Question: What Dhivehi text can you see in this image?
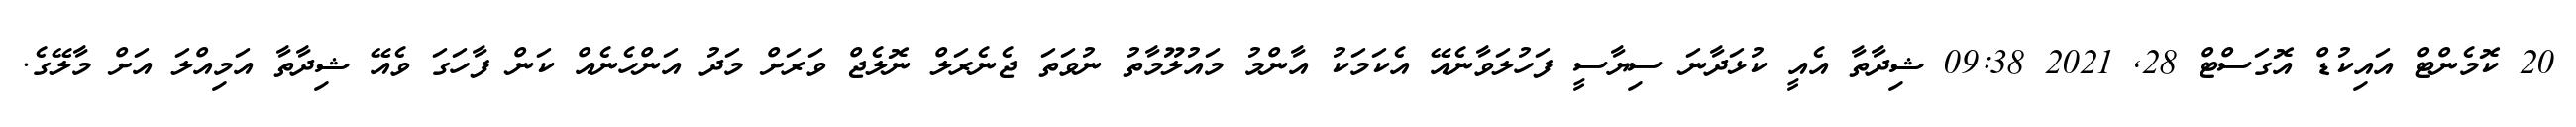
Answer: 20 ކޮމެންޓް އައިކުޑް އޮގަސްޓް 28, 2021 09:38 ޝިދާތާ އެއީ ކުޅަދާނަ ސިޔާސީ ފަހުލަވާނެއޭ އެކަމަކު އާންމު މައުލޫމާތު ނުވަތަ ޖެނެރަލް ނޮލެޖް ވަރަށް މަދު އަންހެނެއް ކަން ފާހަގަ ވެއޭ ޝިދާތާ އަމިއްލަ އަށް މާލޭގެ.